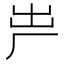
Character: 𠩃